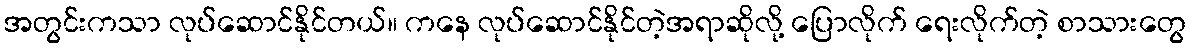
အတွင်းကသာ လုပ်ဆောင်နိုင်တယ်။ ကနေ လုပ်ဆောင်နိုင်တဲ့အရာဆိုလို့ ပြောလိုက် ရေးလိုက်တဲ့ စာသားတွေ